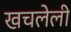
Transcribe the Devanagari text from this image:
खचलेली